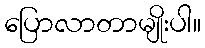
ပြောလာတာမျိုးပါ။